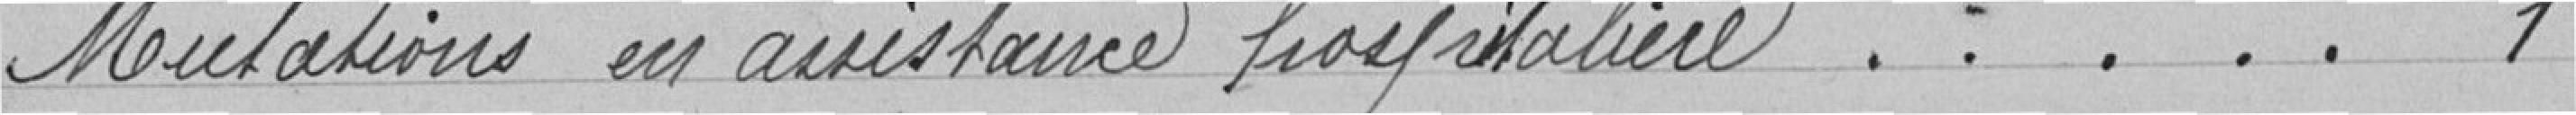
Mutations en assistance hospitalière ..... 1